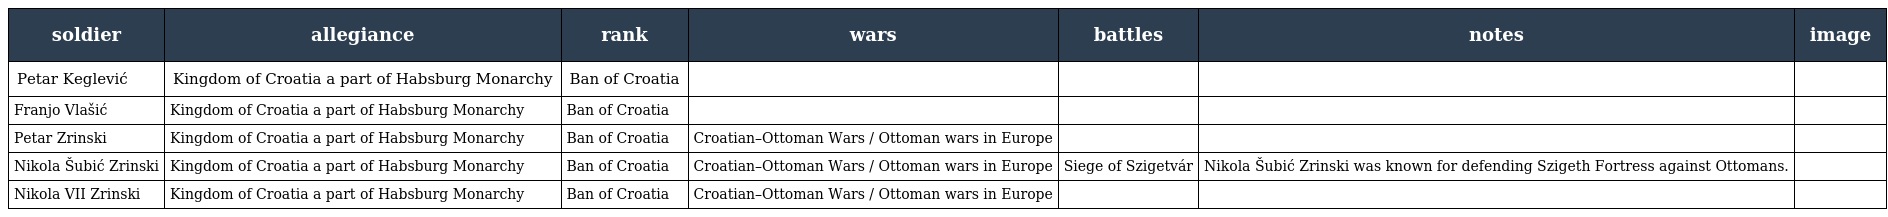
| soldier | allegiance | rank | wars | battles | notes | image |
 | --- | --- | --- | --- | --- | --- | --- |
 | Petar Keglević | Kingdom of Croatia a part of Habsburg Monarchy | Ban of Croatia |  |  |  |  |
 | Franjo Vlašić | Kingdom of Croatia a part of Habsburg Monarchy | Ban of Croatia |  |  |  |  |
 | Petar Zrinski | Kingdom of Croatia a part of Habsburg Monarchy | Ban of Croatia | Croatian–Ottoman Wars / Ottoman wars in Europe |  |  |  |
 | Nikola Šubić Zrinski | Kingdom of Croatia a part of Habsburg Monarchy | Ban of Croatia | Croatian–Ottoman Wars / Ottoman wars in Europe | Siege of Szigetvár | Nikola Šubić Zrinski was known for defending Szigeth Fortress against Ottomans. |  |
 | Nikola VII Zrinski | Kingdom of Croatia a part of Habsburg Monarchy | Ban of Croatia | Croatian–Ottoman Wars / Ottoman wars in Europe |  |  |  |